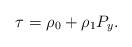
LaTeX: \begin{align*}\tau = \rho_0 + \rho_1 P_y.\end{align*}